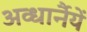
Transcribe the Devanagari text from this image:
अव्धार्नैयें